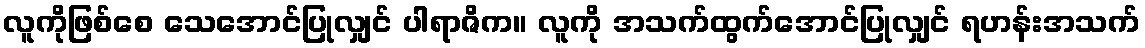
လူကိုဖြစ်စေ သေအောင်ပြုလျှင် ပါရာဇိက။ လူကို အသက်ထွက်အောင်ပြုလျှင် ရဟန်းအသက်